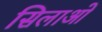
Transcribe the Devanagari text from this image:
सिलाओ